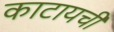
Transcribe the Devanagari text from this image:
काटायची